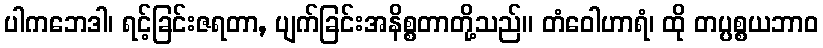
ပါကဘေဒါ၊ ရင့်ခြင်းဇရတာ, ပျက်ခြင်းအနိစ္စတာတို့သည်။ တံဝေါဟာရံ၊ ထို တပ္ပစ္စယဘာဝ